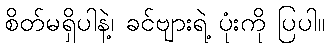
စိတ်မရှိပါနဲ့၊ ခင်ဗျားရဲ့ ပုံးကို ပြပါ။